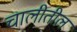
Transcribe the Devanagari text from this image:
चालीतील